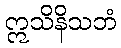
ဣသိနိသဘံ